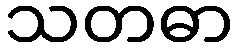
သတဓာ